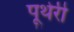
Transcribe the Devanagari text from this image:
पूथेरी